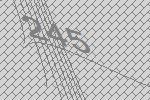
245